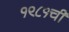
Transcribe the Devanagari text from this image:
१९८१ची